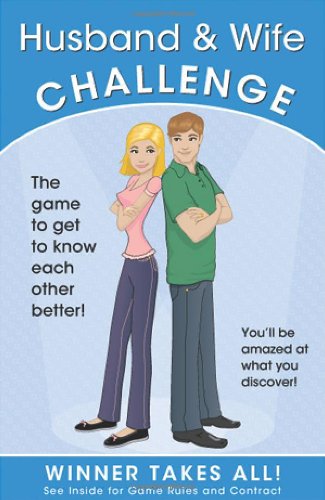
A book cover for Husband & Wife Challenge; Elizabeth Lluch; Humor & Entertainment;